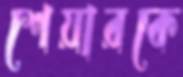
শেয়ারকে